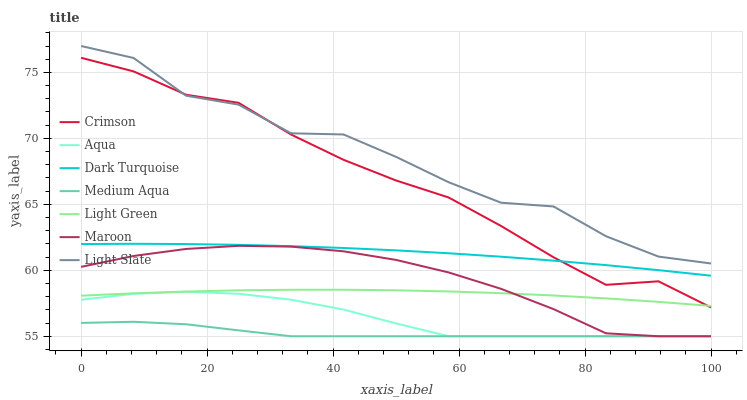
| xaxis_label | Crimson | Aqua | Dark Turquoise | Medium Aqua | Light Green | Maroon | Light Slate |
 | --- | --- | --- | --- | --- | --- | --- | --- |
 | 0 | 76.1 | 57.8 | 62 | 56 | 58.1 | 60.3 | 77 |
 | 8.33 | 75.1 | 58.2 | 62 | 56.1 | 58.3 | 61.1 | 76.1 |
 | 16.7 | 73.3 | 58.4 | 62 | 55.9 | 58.4 | 61.6 | 73.2 |
 | 25 | 72.7 | 58.2 | 61.9 | 55.4 | 58.5 | 61.9 | 72.6 |
 | 33.3 | 70.3 | 57.8 | 61.8 | 55 | 58.5 | 61.8 | 70.4 |
 | 41.7 | 68.4 | 57 | 61.7 | 55 | 58.5 | 61.4 | 70.3 |
 | 50 | 66.8 | 56 | 61.5 | 55 | 58.5 | 60.8 | 68.6 |
 | 58.3 | 65.5 | 55 | 61.3 | 55 | 58.4 | 59.8 | 66.7 |
 | 66.7 | 63.4 | 55 | 61 | 55 | 58.3 | 58.6 | 65.1 |
 | 75 | 61 | 55 | 60.7 | 55 | 58.1 | 57.1 | 64.8 |
 | 83.3 | 58.9 | 55 | 60.4 | 55 | 57.9 | 55.2 | 62.6 |
 | 91.7 | 59.2 | 55 | 60 | 55 | 57.6 | 55 | 61 |
 | 100 | 57.2 | 55 | 59.6 | 55 | 57.3 | 55 | 60.5 |